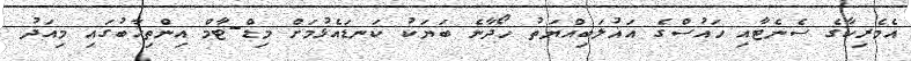
އެމެރިކާގެ ސެނެޓާއި ހައުސްގެ އަޣުލަބިއްޔަތު ހޯދާނެ ބަޔަކު ކަނޑައެޅުމަށް މިޑް-ޓާމް އިންތިޚާބުގައި މިއަދު